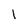
Character: l